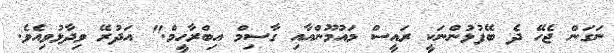
ނަގަން ޖެހޭ ދެ ބޭފުޅުންނަކީ ރައީސް މައުމޫންއާއި ގާސިމް އިބްރާހީމް." އަދުރޭ ވިދާޅުވިއެވެ.